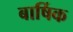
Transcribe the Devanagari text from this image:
बार्षिक